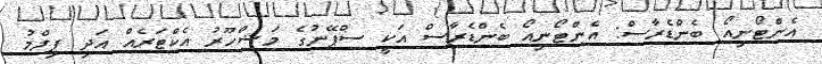
އެންޓޯނިއޯ ބެންޑެރާސް: އެންޓޯނިއޯ ބެންޑެރާސް އަކީ ސްޕޭނުގެ މަޝްހޫރު އެކްޓަރެއް އަދި ފިލްމު